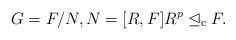
LaTeX: \begin{align*}G = F/N, N = [R,F] R^p\trianglelefteq_\mathrm{c} F.\end{align*}